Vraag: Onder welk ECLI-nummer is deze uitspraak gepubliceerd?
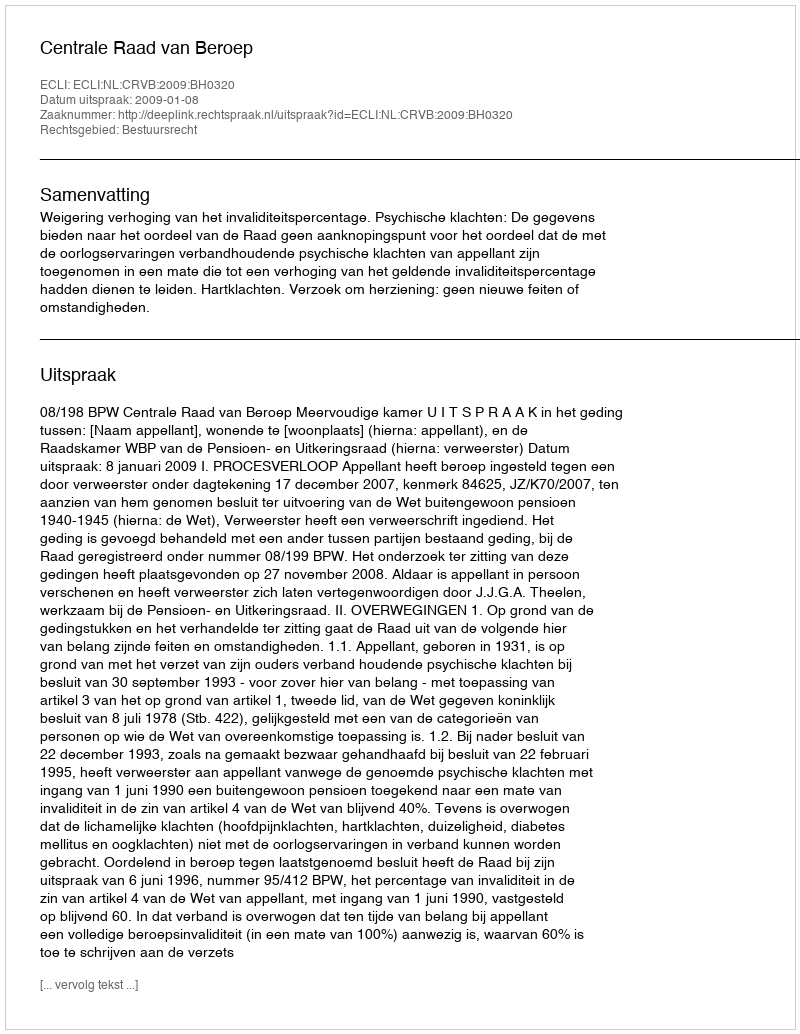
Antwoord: ECLI:NL:CRVB:2009:BH0320